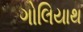
ગોલિયાથ